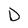
Character: D